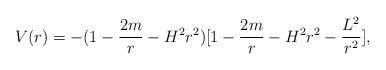
LaTeX: \begin{align*}V(r)=-(1-\frac{2m}{r}-H^2r^2)[1-\frac{2m}{r}-H^2r^2-\frac{L^2}{r^2}],\end{align*}